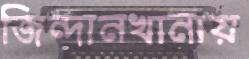
জিন্দানখানায়